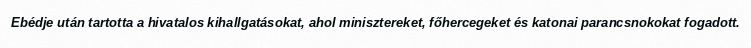
Ebédje után tartotta a hivatalos kihallgatásokat, ahol minisztereket, főhercegeket és katonai parancsnokokat fogadott.